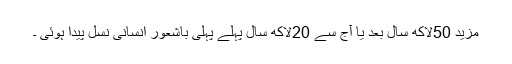
مزید 50لاکھ سال بعد یا آج سے 20لاکھ سال پہلے پہلی باشعور انسانی نسل پیدا ہوئی ۔